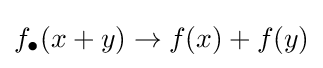
f_{\bullet }(x+y)\to f(x)+f(y)